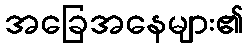
အခြေအနေများ၏